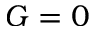
G = 0